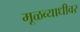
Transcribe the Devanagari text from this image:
मूळव्याधीवर